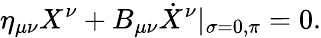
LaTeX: \eta_{\mu\nu}X^{\nu}+B_{\mu\nu}\dot{X}^{\nu}|_{\sigma=0,\pi}=0.